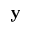
\mathbf { y }